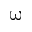
\upomega